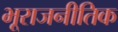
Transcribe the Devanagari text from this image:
भूराजनीतिक